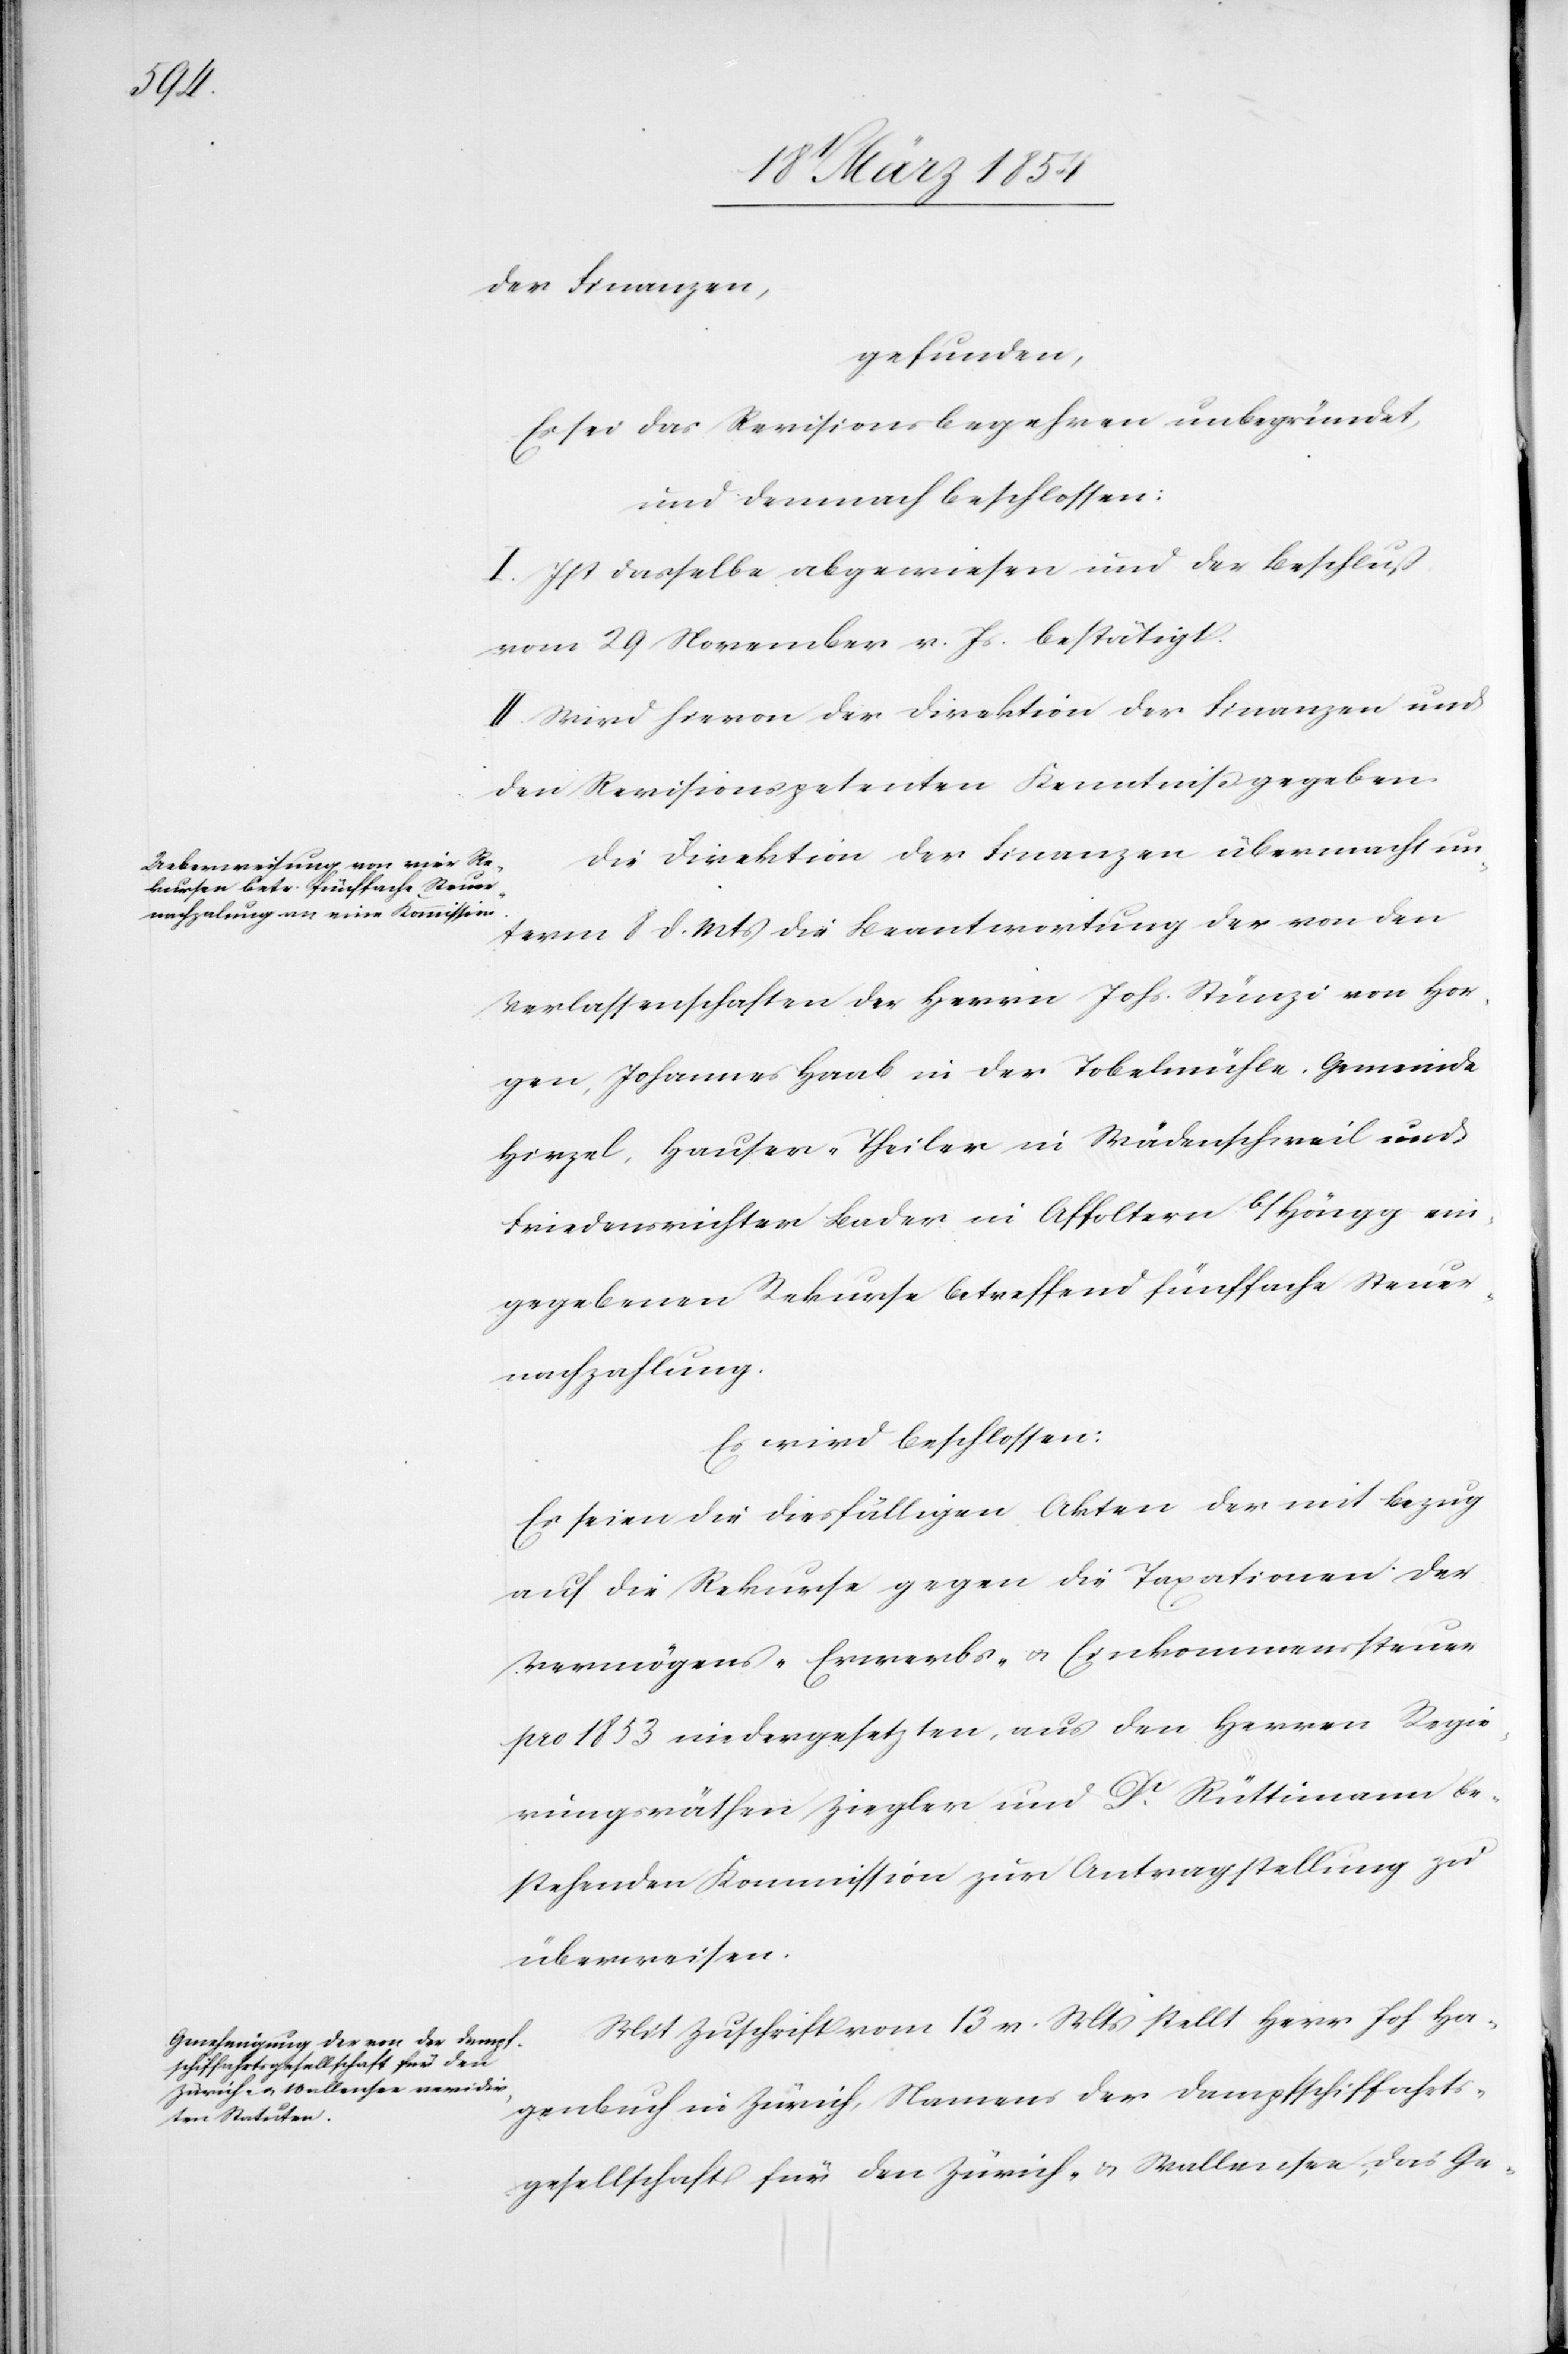
der Finanzen,
gefunden,
Es sei das Revisionsbegehren unbegründet,
und demnach beschlossen:
I. Ist dasselbe abgewiesen und der Beschluß
vom 29 November v. Js. bestätigt.
II. Wird hievon der Direktion der Finanzen und
den Revisionspetenten Kenntniß gegeben.
Die Direktion der Finanzen übermacht un¬
term 8 d. Mts die Beantwortung der von den
Verlassenschaften der Herrn Johs. Stünzi von Hor¬
gen, Johannes Haab in der Tobelmühle, Gemeinde
Hirzel, Hauser-Theiler in Wädenschweil und
Friedensrichter Bader in Affoltern b/Höngg ein¬
gegebenen Rekurse betreffend fünffache Steuer¬
nachzahlung.
Es wird beschlossen:
Es seien die diesfälligen Akten der mit Bezug
auf die Rekurse gegen die Taxationen der
Vermögens-[,] Erwerbs- u. Einkommenssteuer
pro 1853 niedergesetzten, aus den Herren Regie¬
rungsräthen Ziegler und Dr Rüttimann be¬
stehenden Kommission zur Antragstellung zu
überweisen.
Mit Zuschrift vom 13 v. Mts stellt Herr Joh Ha¬
genbuch in Zürich, Namens der Dampfschiffahrts¬
gesellschaft für den Zürich- u. Wallensee, das Ge-